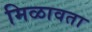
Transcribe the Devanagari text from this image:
मिळावता